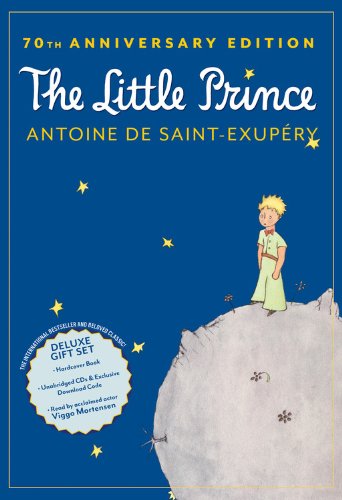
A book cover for The Little Prince 70th Anniversary Gift Set (Book/CD/Downloadable Audio); Antoine de Saint-ExupÃ©ry; Teen & Young Adult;